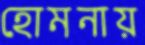
হোমনায়